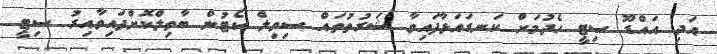
އަދި އައްޑޫ ސިޓީ ހެދުމަށް ކަނޑައަޅާފައިވާ ޝަރުތުތައް ސިވިލް ކޯޓުން ބާތިލްކޮށްފައިވާއިރު ސިޓީ